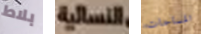
بلاط النسائية المساحات